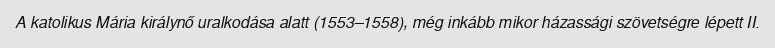
A katolikus Mária királynő uralkodása alatt (1553–1558), még inkább mikor házassági szövetségre lépett II.